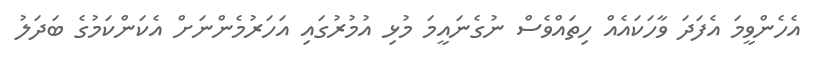
އެހެންވީމަ އެފަދަ ވާހަކައެއް ހިތައްވެސް ނުގެނައީމަ މުޅި އުމުރުގައި އަހަރުމެންނަށް އެކަންކަމުގެ ބަދަލު